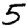
Digit: 5